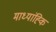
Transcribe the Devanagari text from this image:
माध्यांह्कि